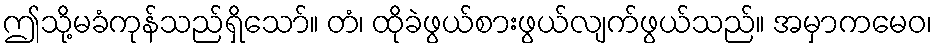
ဤသို့မခံကုန်သည်ရှိသော်။ တံ၊ ထိုခဲဖွယ်စားဖွယ်လျက်ဖွယ်သည်။ အမှာကမေဝ၊